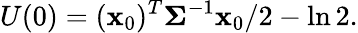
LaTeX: U(0)=(\mathbf{x}_{0})^{T}\mathbf{\Sigma}^{-1}\mathbf{x}_{0}/2-\ln 2.